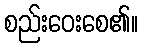
စည်းဝေးစေ၏။